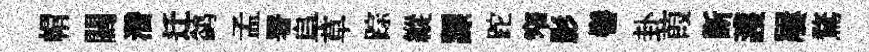
㡌闊濳迁鹢孟署阜草踪縱謤跎窄影髻卦葭斷護屢鶩